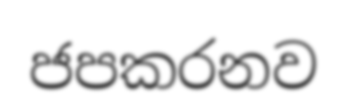
ජපකරනව